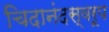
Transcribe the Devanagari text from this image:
चिदानंदस्वरूप